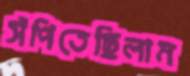
সঁপিতেছিলাম